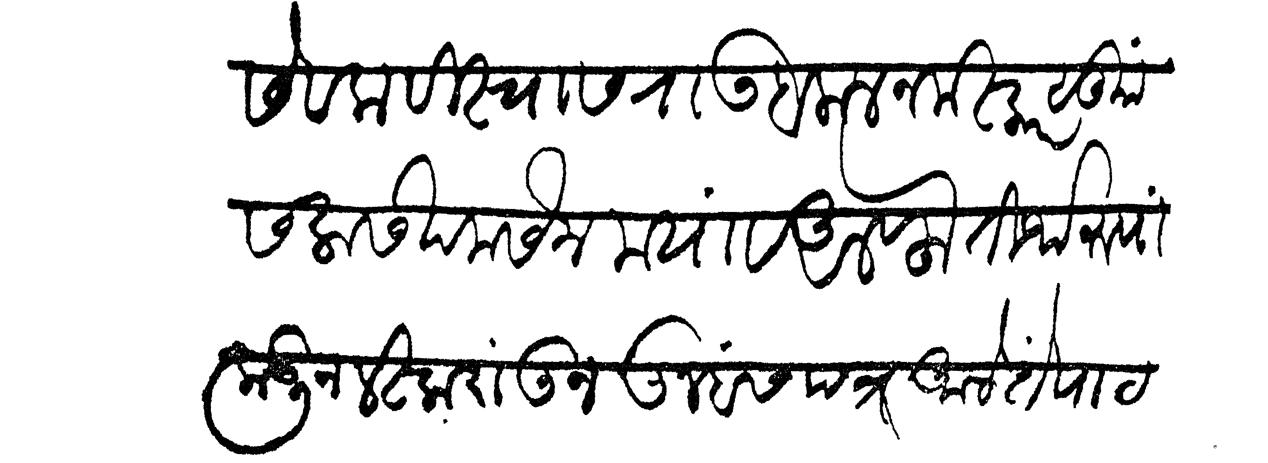
Transliteration (Devanagari): सेवक विश्वासराउ बलाल नमस्कार सुाा सलास खमसेन मया व अलफ तीर्थरूपांकडून लष्करांतून तुम्हांस पत्र आलें ते पाठ